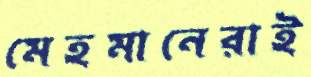
মেহমানেরাই